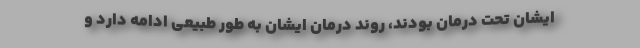
ایشان تحت درمان بودند، روند درمان ایشان به طور طبیعی ادامه دارد و